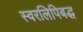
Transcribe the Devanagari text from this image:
स्वरलिपिबद्ध